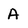
Character: A